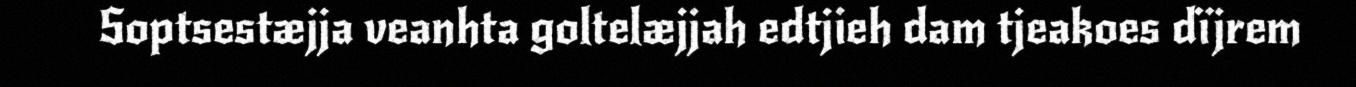
Soptsestæjja veanhta goltelæjjah edtjieh dam tjeakoes dïjrem